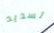
تسديد